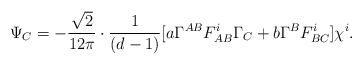
\begin{align*}\Psi_{C} = -\frac{\sqrt{2}}{12 \pi} \cdot \frac{1}{(d-1)} [a \Gamma^{AB}F^i_{AB}\Gamma_{C} + b \Gamma^{B}F^i_{BC}]\chi^i.\end{align*}